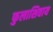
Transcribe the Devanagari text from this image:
फुलाशिवाय